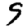
Digit: 9